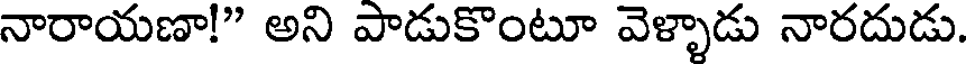
నారాయణా!" అని పాడుకొంటూ వెళ్ళాడు నారదుడు.